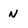
Character: N